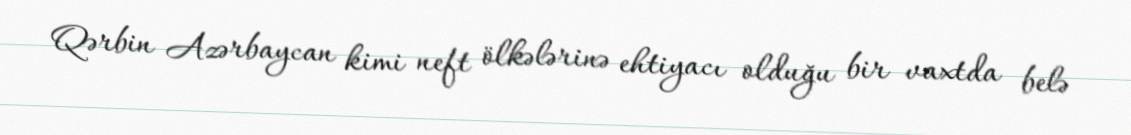
Qərbin Azərbaycan kimi neft ölkələrinə ehtiyacı olduğu bir vaxtda belə